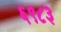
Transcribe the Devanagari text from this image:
६९८३